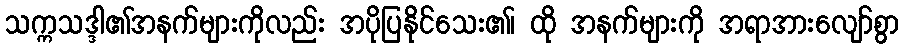
သက္ကသဒ္ဒါ၏အနက်များကိုလည်း အပိုပြနိုင်သေး၏၊ ထို အနက်များကို အရာအားလျော်စွာ